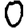
Digit: 0